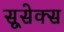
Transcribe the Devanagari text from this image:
सूसेक्स